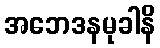
အဘေဒနမုခါနိ